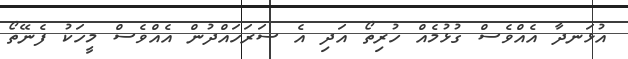
އުޅަނދާ އެއްވެސް ގުޅުމެއް ހުރިތޯ އަދި އެ ސަރަހައްދުން އެއްވެސް މީހަކު ފެނޭތޯ